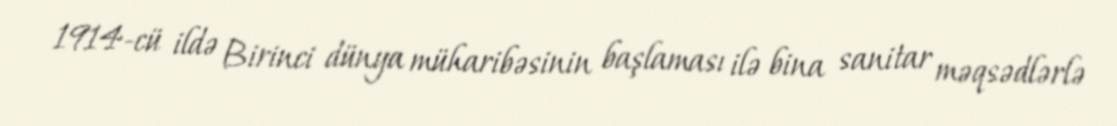
1914-cü ildə Birinci dünya müharibəsinin başlaması ilə bina sanitar məqsədlərlə